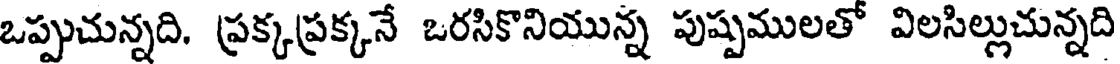
ఒప్పుచున్నది. ప్రక్కప్రక్కనే ఒరసికొనియున్న పుష్పములతో విలసిల్లుచున్నది